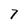
Character: 7